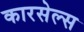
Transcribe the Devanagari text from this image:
कारसेल्स